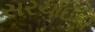
સરચાઇની